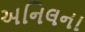
અનિલના